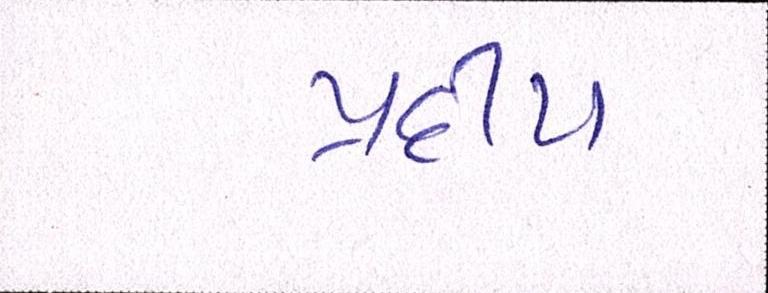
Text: પ્રદીપ